Calcutta medical institutions reports 1892-1900
Year: 1892
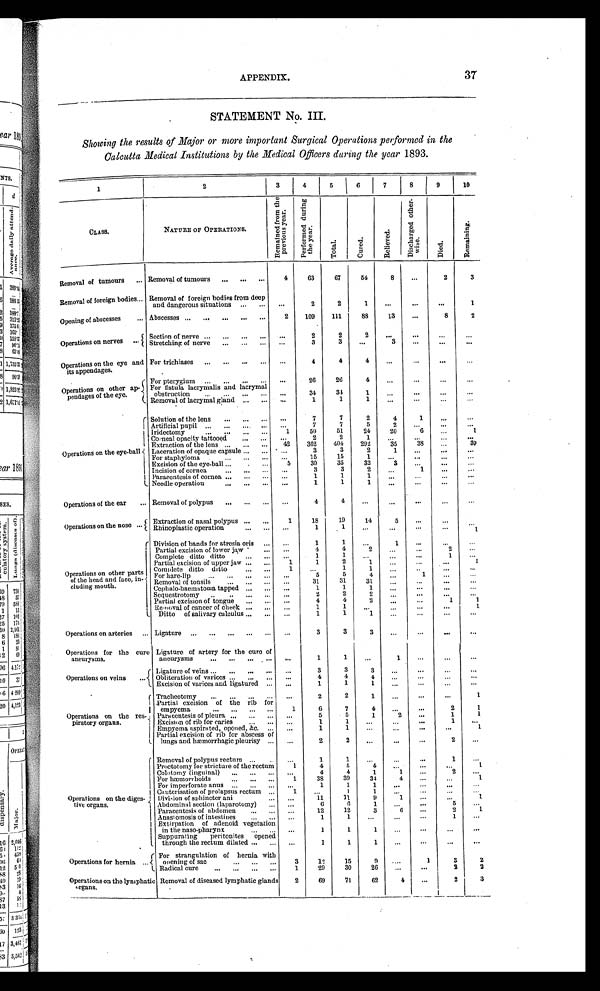
APPENDIX.
37
STATEMENT No. III.
Showing the results of Major or more important Surgical Operations performed in the
Calcutta Medical Institutions by the Medical Officers during the year 1893.
1
2
3 4 5 6 7 8 9 10
CLASS.
NATURE OF OPERATIONS.
R e m a i n e d f r o m t h e
p r e v i o u s y e a r .
P e r f o r m e d d u r i n g
t h e y e a r .
T o t a l . C u r e d .
R e l i e v e d .
D i s c h a r g e d o t h e r -
w i s e .
D i e s .
R e m a i n i n g .
Removal of tumours ... Removal of tumours ... . . . . . . 4 63 67 54
8 . . .
2 3
Removal of forei gn bodi es . . . Removal of foreign bodies from deep
and dangerous si tuati ons
. . .
. . . ...
2 2 1 ... ... . . .
1
Opening of abscesses ... Abscesses . . .
. . .
. . . . . . . . . 2 109 111 88 13 ...
8 2
Operati ons on nerves
. . .
Secti on of nerve
. . .
... ... . . . ...
2 2 2 ... ... . . .
. . .
Stretchi ng of nerve
. . .
... . . . . . . . . .
3 3 . . .
3
. . .
... ...
Operati ons on the eye and
its appendages.
For tri chi ases
. . .
. . . . . . ...
. . .
4 4 4 ... . . . ... . . .
Operations on other ap-
pendages of the eye.
For pterygi um
. . .
... . . . . . . . . . 26 26 4 . . . . . . ...
. . .
For fistula lacrymalis and lacrymal
obstruction
. . .
... ......
. . .
34 34 1
. . .
... ... ...
Removal of l acrymal gl and ... . . . . . .
1 1 1 ...
. . ..
. ..
. .
Operati ons on the eye-bal l
Sol uti on of the l ens ... ... ... ...
7 7 2 4 1 ... ...
Artificial pupil
. . .
. . . . . . . . . . . .
7 7 5
2
. . .
. . . ...
Iri dectomy
. . .
... . . . . . . 1 5 0 51 24 20 6
. . .
1
Corneal opaci ty tattooed . . ..
. . . . . ...
2 2 1
. . ..
. ..
. .
...
Extracti on of the l ens
. . .
. . . ... 42 362 404 292 35 38 . . . 39
Lacerati on of opaque capsul e
. . .
... ...
3 3 2
1 . . . ... ...
For staphyl oma
. . .
. . . . . . . . . 15 15 1 ...
. . .
. . ..
. .
Exci si on of the eye-bal l
. . ..
. .
... 5 30 35 32 3
. . .
... ...
Inci si on of cornea ... ... . . .
. . .
3 3 2
. . .
1 ...
. . .
Paracentesi s of cornea
. . .
. . . ... ...
1 1
1 ... ... . . . ...
Needle operation ... ......
. . .
1 1 1 ...
. . . ...
. . .
Operations of the ear ... Removal of pol ypus ... . . . . . . . . .
4 4 . . .
. . . . . . ...
. . .
Operati ons on the nose . . . Extracti on of nasal pol ypus ... ... 1 18 19 14 5 . . . ...
. . .
Rhinoplastic operation ... . . . ...
1 1
. . . . . .
. . .
. . . 1
Operati ons on other parts
of the head and face, in-
cl udi ng mout h.
Di vi si on of bands for atresi a ori s . . . ...
1
1
. . .
1 . . . . . . ...
Partial excision of lower jaw . . . . . .
4 4 2 . . .
. . . 2 . . .
Complete ditto ditto . . . . . . . . .
1 1 . . . ... . . .
1 . . .
Parti al exci si on of upper j aw ... . . . 1 1 2
1 . . . . . .
. . . 1
Complete ditto ditto . . . . . . 1
. . . 1 1
. . . . . . . . . . . .
For hare-lip
. . . ... ...... . . . 5 5
4 . . . 1
. . . . . .
Removal of tonsils . . . . . . . . . . . . 31 31 31 . . .
. . . . . . ...
Cephalo-haematoma tapped ... . . . ...
1 1 1 ... ... . . .
. . .
Sequestrotomy . . . ... . . . . . . . . .
2 2 2
. . . ... ...
. . .
Partial excision of tongue ... . . . ...
4 4 2 . . .
. . . 1
1
Removal of cancer of cheek ... . . . . . .
1 1 . . .
. . . ... ...
. . .
Ditto of salivary calculus ... . . . . . .
1 1 1 ...
. . .
. . . . . .
Operations on arteries ... Ligature ... ... ... . . . . . . ...
3 3 3 ... ... . . . ...
Operations for the cure
aneurysms.
Ligature of artery for the cure of
aneurysms ... . . . ... ... ...
1 1 ...
1 ... ... ...
Operations on veins ... Li gature of vei ns . . . . . . . . . . . . . . .
3 3 3
. . . ...
. . . . . .
Obl i terati on of vari ces . . . . . . ... . . .
4 4
4
. . . . . . ... ...
Exci si on of vari ces and l i gatured . . . ...
1 1 1 ... . . .
. . . ...
Operations on the res-
piratory organs.
Tracheotomy . . . . . . . . . . . . . . .
2 2 1
. . . . . . ...
1
Partial excision of the rib for
empyema ... . . . ... ... 1 6 7 4 ... . . .
2 1
Paracentesi s of pl eura . . . . . . . . . . . .
5 5 1
2
. . . 1 1
Excision of rib for caries . . . ... . . .
1 1 ... . . . ...
1
. . .
Empyema aspi rated, opened, &c. . . . . . .
1 1 ... ... ... ...
1
Parti al exci si on of ri b for abscess of
l ungs and hæmorrhagi c pl euri sy . . . . . .
2 2
. . . . . . . . .
2
. . .
Operati ons on the di ges-
tive organs.
Removal of polypus rectum . . . . . . . . .
1 1 ...
. . . . . . 1
. . .
Proctotomy for stri cture of the rectum 1 4 5
4 . . . . . . . . .
1
Colotomy (inguinal) . . . . . . . . . ...
4 4
1 1
. . . 2 ...
For hæmorrhoids ... ... . . . 1 38 39 34 4 . . . ...
1
For imperforate anus . . . . . . . . . . . .
1 1 1 ...
. . . ... ...
Cauteri sati on of prol apsus rectum . . . 1
. . . 1 1
. . . . . .
. . . . . .
Division of sphincter ani
... ... 11
1 1 9 1
. . .
. . . 1
Abdomi nal secti on (l aparotomy) . . . ...
6 6
1
. . . . . .
5
. . .
Paracentesis of abdomen . . . ... ... 12 12 3 6 . . .
2 1
Anastomosis of intestines . . . ... ...
1
1 . . . ... . . .
1 ...
Exti rpati on of adenoid vegetation
i n t he naso-pharynx
... . . . . . . 1 1
1 ... ... ... ...
Suppurating peritonites opened
through the rectum di l ated . . . ... ...
1 1 1 ... ... ... ...
Operations for hernia . . . For strangulation of hernia with
openi ng of sac
... ... . . . 3 12 15 9
. . . 1 3 2
Radical cure ... . . . ... ... 1 29 30 26 ... ...
2 2
Operati ons on the l ymphati c
o r g a n s .
Removal of di seased l ymphati c gl ands 2 69 71 62 4 . . .
2 3